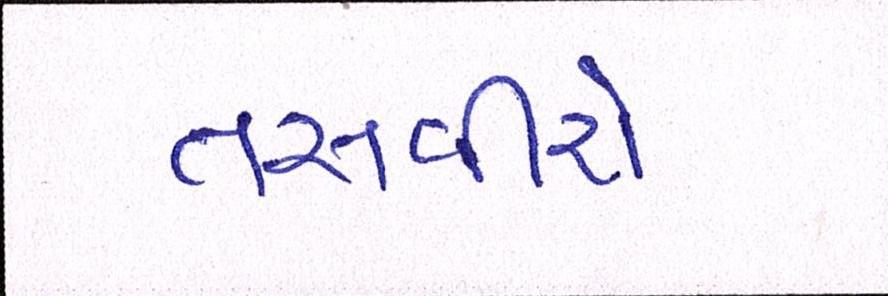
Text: તસવીરો